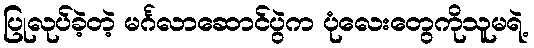
ပြုလုပ်ခဲ့တဲ့ မင်္ဂလာဆောင်ပွဲက ပုံလေးတွေကိုသူမရဲ့